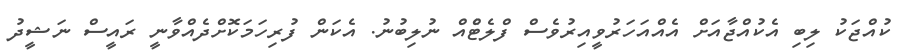
ކުއްޖަކު ލިބި އެކުއްޖާއަށް އެއްއަހަރުވީއިރުވެސް ފްލެޓްެއް ނުލިބުނު. އެކަން ފުރިހަމަކޮށްދެއްވާނީ ރައީސް ނަޝީދު